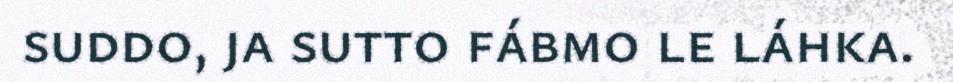
suddo, ja sutto fábmo le láhka.